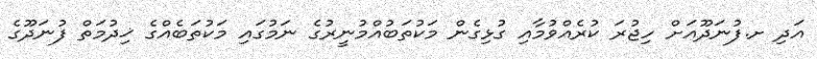
އަދި ށ.ފުނަދޫއަށް ހިޖުރަ ކުރެއްވުމާއި ގުޅިގެން މަކުތަބުއްމުނީރުގެ ނަމުގައި މަކުތަބެއްގެ ޚިދުމަތް ފުނަދޫގެ